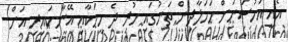
އެއީ އަހުސަނަށް ހަމަލާދިން ތަނުގައި ހުރި ދެ މީހަކާއި އޭނާ ކައިރި އަށް